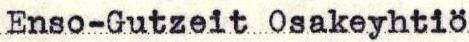
Enso-Gutzeit Osakeyhtiö